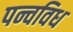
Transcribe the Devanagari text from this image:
पन्चविध